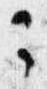
々